Statistics compiled by the Government of India from the reports of provincial Civil Veterinary Departments
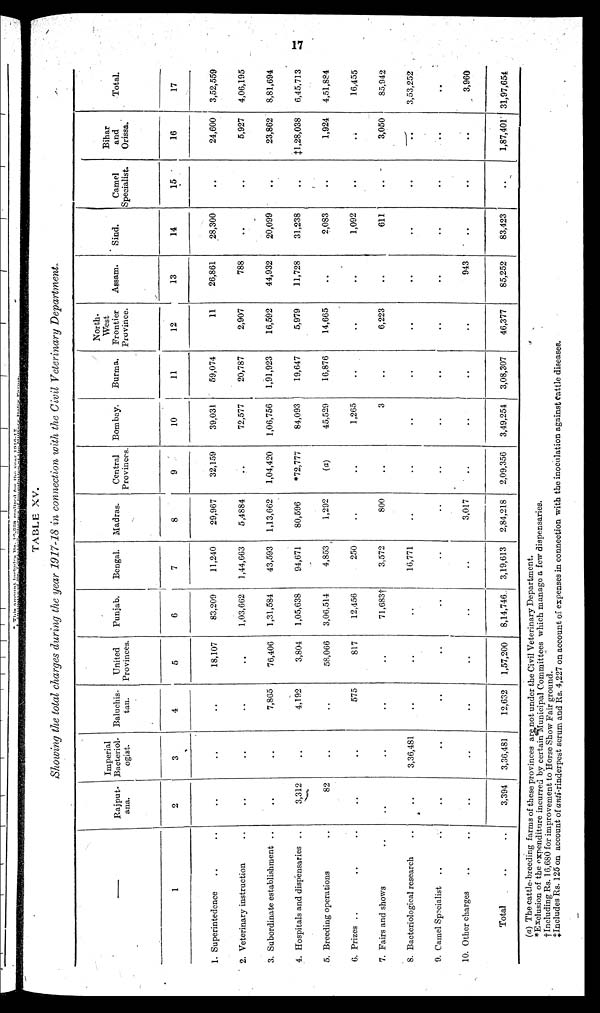
17
TABLE XV.
Showing the total charges during the year 1917-18 in connection with the Civil Veterinary Department.
–––
1
1. Superintedence .. ..
2. Veterinary instruction ..
3. Subordinate establishment ..
4. Hospitals and dispensaries ..
5. Breeding operations ..
6. Prizes .. .. ..
7. Fairs and shows ..
8. Bacteriological research ..
9. Camel Specialist .. ..
10. Other charges .. ..
Total
.. ..
Rajput-
ana.
2
..
..
..
3,312
82
..
..
..
..
..
3,394
Imperial
Bacteriol-
ogist.
3
..
..
..
..
..
..
..
3,36,481
..
..
3,36,481
Baluchis-
tan.
4
..
..
7,865
4,192
..
575
..
..
..
..
12,632
United
Provinces.
5
18,107
..
76,406
3,804
58,066
817
..
..
..
..
1,57,200
Punjab.
6
83,209
1,03,662
1,31,584
1,05,638
3,06,514
12,456
71,683†
..
..
..
8,14,746
Bengal.
7
11,240
1,44,663
43,593
94,671
4,853
250
3,572
16,771
..
..
3,19,613
Madras.
8
29,967
5,4884
1,13,662
80,596
1,292
..
800
..
..
3,017
2,84,218
Central
Provinces.
9
32,159
..
1,04,420
*72,777
(a)
....
..
..
..
..
2,09,356
Bombay.
10
39,031
72,577
1,06,756
84,093
45,529
1,265
3
..
..
..
3,49,254
Burma.
11
59,074
20,787
1,91,923
19,647
16,876
..
..
..
..
..
3,08,307
North-
West
Frontier
Province.
12
11
2,907
16,592
5,979
14,665
..
6,223
..
..
..
46,377
Assam.
13
26,861
788
44,932
11,728
..
..
..
..
..
943
85,252
Sind.
14
28,300
..
20,099
31,238
2,083
1,092
611
..
..
..
83,423
Camel
Specialist.
15
..
..
..
..
..
..
..
..
..
..
..
Bihar
and
Orissa.
16
24,600
5,927
23,862
‡1,28,038
1,924
..
3,050
..
..
..
1,87,401
Total.
17
3,52,559
4,06,195
8,81,694
6,45,713
4,51,884
16,455
85,942
3,53,252
..
3,960
31,97,654
(a) The cattle-breeding farms of these provinces are not under the Civil Veterinary Department.
*Exclusion of the expenditure incurred by certain Municipal Committees which manage a few dispensaries.
† Including Rs. 16,680 for improvement to Horse Show Fair ground.
‡ Includes Rs. 125 on account of anti-rinderpest serum and Rs. 4,227 on account of expenses in connection with the inoculation against cattle diseases.